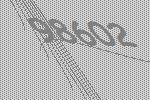
98602